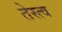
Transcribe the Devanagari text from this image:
तेस्त्व